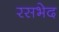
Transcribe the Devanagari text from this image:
रसभेद